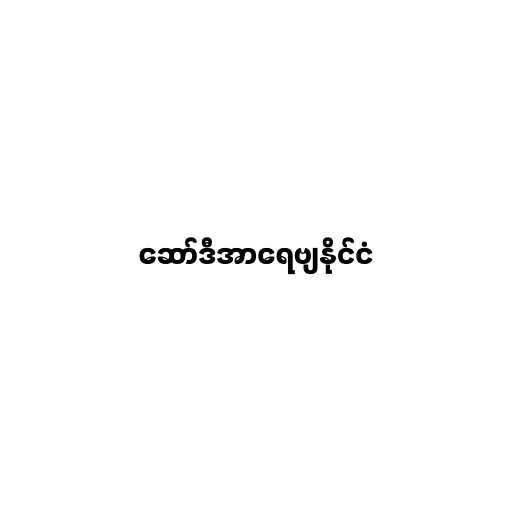
ဆော်ဒီအာရေဗျနိုင်ငံ